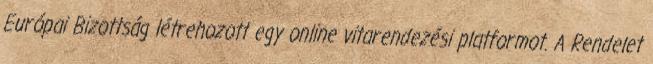
Európai Bizottság létrehozott egy online vitarendezési platformot. A Rendelet